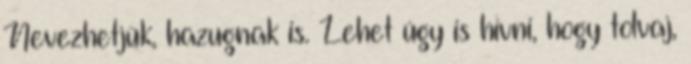
Nevezhetjük, hazugnak is. Lehet úgy is hívni, hogy tolvaj,